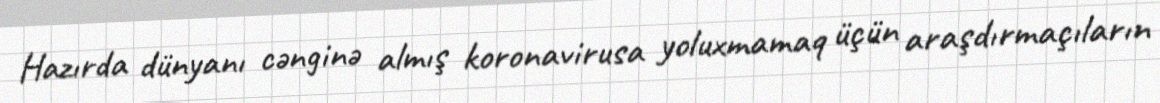
Hazırda dünyanı cənginə almış koronavirusa yoluxmamaq üçün araşdırmaçıların